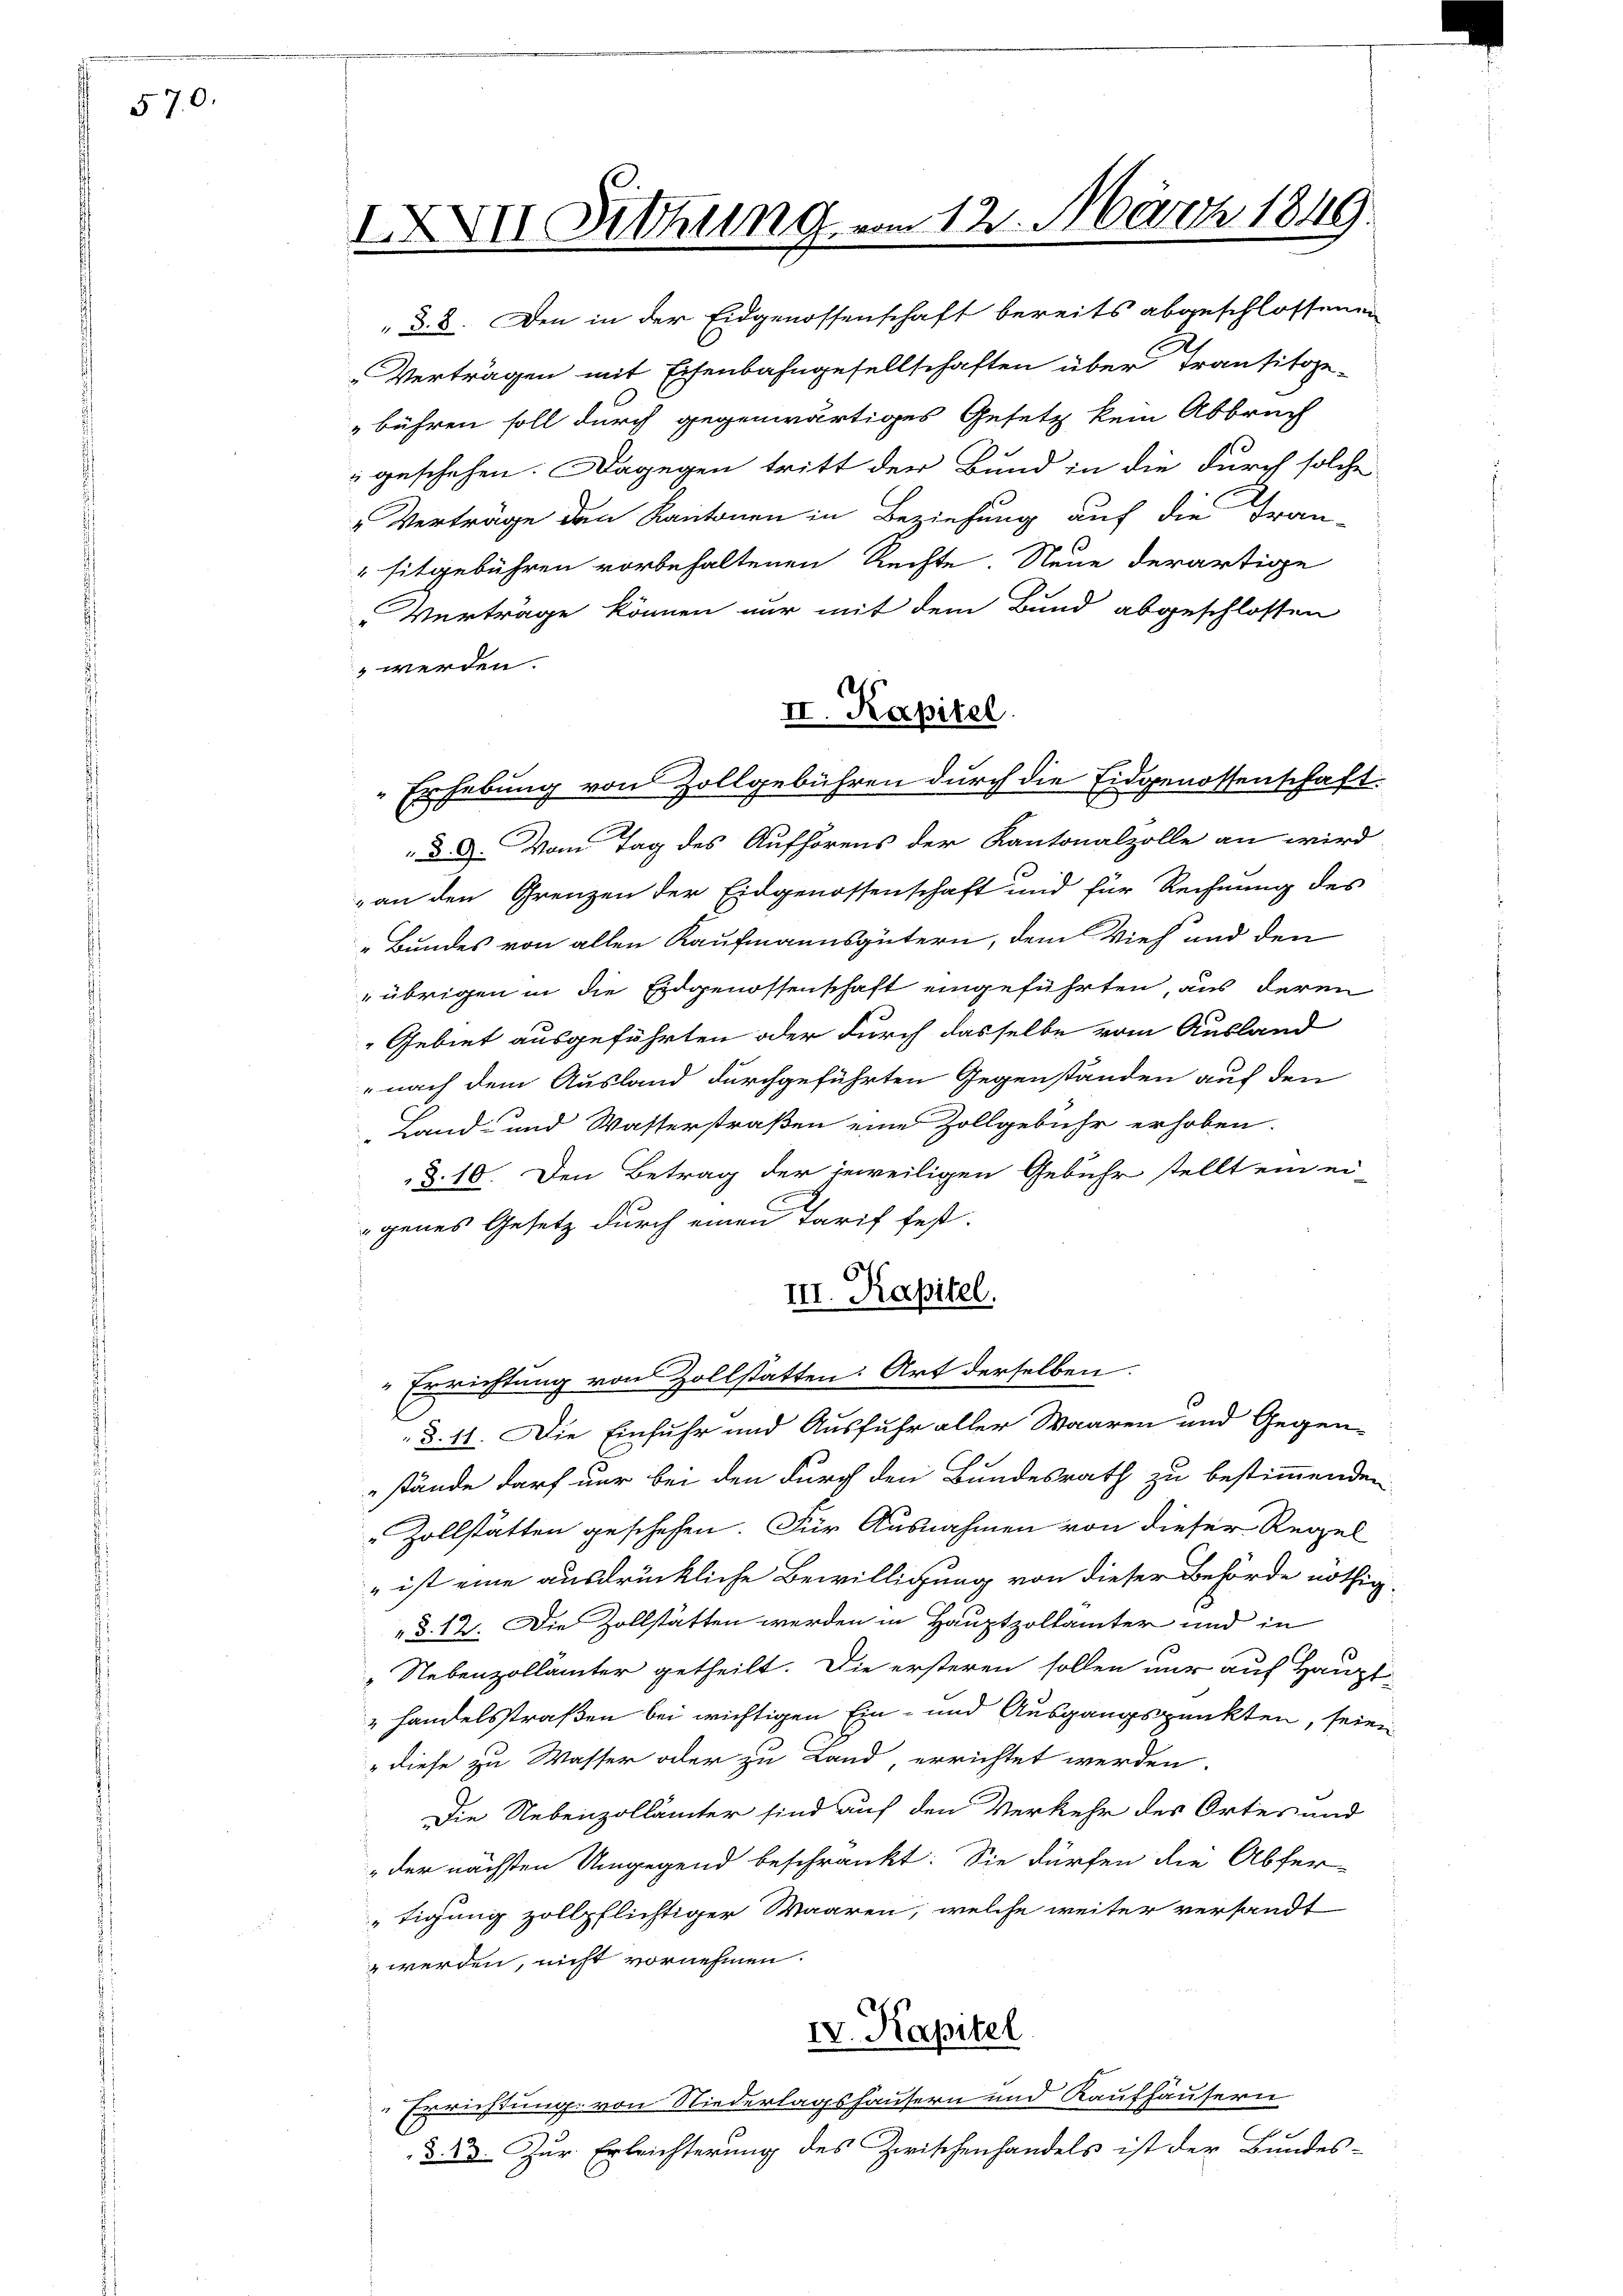
570.

IXII. Sitzung vom 12. März 1849.

d. 8. Den in der Eidgenossenschaft bereits abgeschlossenen
Verträgen mit Eisenbahngesellschaften über Transitoge-
bühren soll durch gegenwärtiges Gesetz kein Abbruch
geschehen. Dagegen tritt der Bund in die durch solche
"Verträge den Kantonen in Beziehung auf die Fran-
"sitgebühren vorbehaltenen Rechte Neue derartige
Verträge können nur mit dem Bund abgeschlossen
 werden.
 d. d. Vom Tag des Aufhörens der Kantonalzolle an wird
„an den Grenzen der Eidgenossenschaft und für Rechnung des
„Bundes von allen Kaufmannsgütern, dem Vieh und den
übrigen in die Eidgenossenschaft eingeführten, aus deren
Gebiet ausgeführten oder durch dasselbe vom Ausland
nach dem Ausland durchgeführten Gegenständen auf den
Land- und Wasterstraßen eine Zollgebühr erhoben.
§. 10. Den Betrag der jeweiligen Gebühr stellt ein ei-
genes Gesetz durch einen Tarif fest-
III. Kapitel.
Errichtung von Zollstatten: Art derselben.
§. 11. Die Einfuhr und Ausfuhr aller Waaren und Gegen-
stände darf nur bei den durch den Bundesrath zu bestimmenden
" Zollstätten geschehen. Für Ausnahmen von dieser Regel
" ist eine ausdrückliche Bewilligung von dieser Behörde nöthig
§. 12. Die Zollstätten werden in Hauptzolkämter und in
„Nebenzollämter getheilt. Die ersteren sollen nur auf Haupt-
„Handelsstraßen bei wichtigen Ein- und Ausgangspunkten, seien
" diese zu Wasser oder zu Land, errichtet werden.
Die Nebenzollämter sind auf den Verkehr des Ortes und
„der nächsten Umgegend beschränkt: Sie dürfen die Abfer-
tigung zollpflichtiger Waaren, welche weiter versandt
 werden, nicht vornehmen.
IV. Kapitel
Errichtung von Niederlagshausern und Kaufhäusern
§. 23. Zur Erleichterung des Zwischenhandels ist der Bundes-

II. Kapitel.
Erhebung von Zollgebühren durch die Eidgenossenschaft.